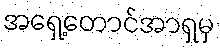
အရှေ့တောင်အာရှမှ